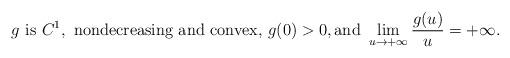
LaTeX: \begin{align*}g \mbox{ is } C^1, \mbox{ nondecreasing and convex, }g(0)>0,\mbox{and }\lim_{u\to +\infty}\frac{g(u)}{u}=+\infty.\end{align*}